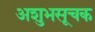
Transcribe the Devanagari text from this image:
अशुभसूचक